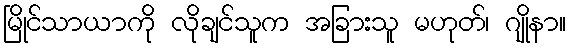
မြိုင်သာယာကို လိုချင်သူက အခြားသူ မဟုတ်၊ ဂျိုနာ။